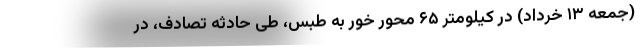
(جمعه ۱۳ خرداد) در کیلومتر ۶۵ محور خور به طبس، طی حادثه تصادف، در